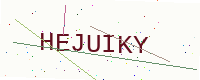
Text: HEJUIKY